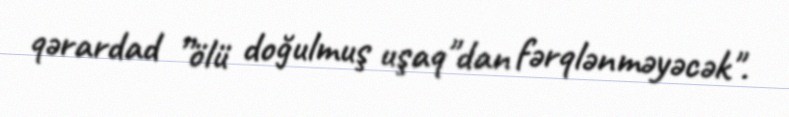
qərardad ”ölü doğulmuş uşaq"dan fərqlənməyəcək".